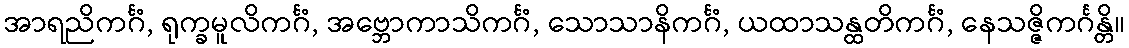
အာရညိကင်္ဂံ, ရုက္ခမူလိကင်္ဂံ, အဗ္ဘောကာသိကင်္ဂံ, သောသာနိကင်္ဂံ, ယထာသန္ထတိကင်္ဂံ, နေသဇ္ဇိကင်္ဂန္တိ။